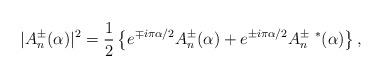
LaTeX: \begin{align*}|A_{n}^{\pm}(\alpha)|^{2}={1\over 2}\left\{e^{\mp i\pi\alpha/2}A_{n}^{\pm}(\alpha)+e^{\pm i\pi\alpha/2}A_{n}^{\pm\ *}(\alpha)\right\},\end{align*}